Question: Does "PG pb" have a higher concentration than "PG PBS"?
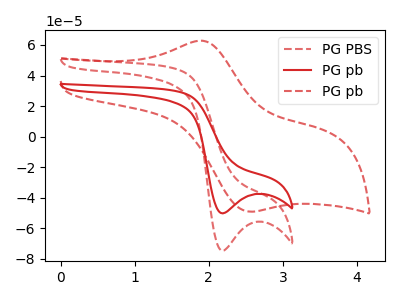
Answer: <think>The red dashed curve "PG PBS" has a cathodic peak at: (2.20V, -74.75uA). The red curve "PG pb" has a cathodic peak at: (2.20V, -50.25uA). The red dashed curve "PG pb" has an anodic peak at (1.90V, 62.80uA) and a cathodic peak at (2.55V, -49.05uA).
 All the peaks in "PG pb" have a peak in "PG PBS" at the same potential. Every peak in "PG pb" is lower than every peak in "PG PBS".</think>
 <answer>"PG pb" has less signal than "PG PBS" and so likely has a lower concentration.</answer>
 <eval>less_concentration</eval>